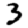
Digit: 3